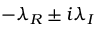
- \lambda _ { R } \pm i \lambda _ { I }